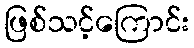
ဖြစ်သင့်ကြောင်း